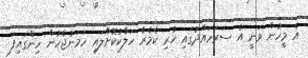
އެ މީހުން ވަނީ އެ ސަރަހައްދުގައި ހުރި ކެމެރާ ހަލާކުކޮށްލައި ހަމަނުޖެހުން ހިންގައިފަ